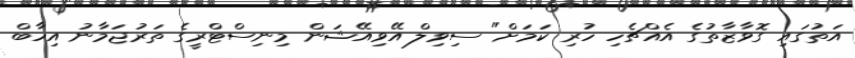
އަތުގައި ގޮވާޒާތުގެ އެއްޗެހި ހުރި ކަމަށް" ސިވިލް އޭވިއޭޝަން މިނިސްޓްރީގެ ތަރުޖަމާނު އިހާބް